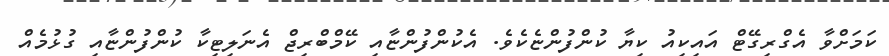
ކަމަށްވާ އެގްރިގޭޓް އައިކިއު ކިޔާ ކުންފުންޏެކެވެ. އެކުންފުންޏާއި ކޭމްބްރިޖް އެނަލިޓިކާ ކުންފުންޏާއި ގުޅުމެއް